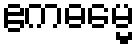
ဧကဓမ္မေ